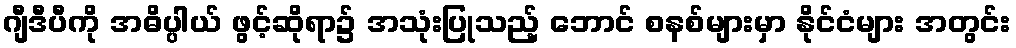
ဂျီဒီပီကို အဓိပ္ပါယ် ဖွင့်ဆိုရာ၌ အသုံးပြုသည့် ဘောင် စနစ်များမှာ နိုင်ငံများ အတွင်း